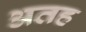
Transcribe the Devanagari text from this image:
अतह